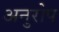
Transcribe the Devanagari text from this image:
अनुरोप